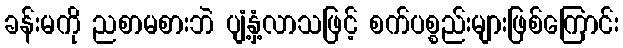
ခန်းမကို ညစာမစားဘဲ ပျံ့နှံ့လာသဖြင့် စက်ပစ္စည်းများဖြစ်ကြောင်း